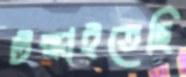
টস্‌কাইতেছি